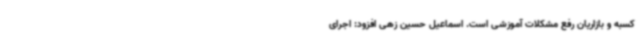
کسبه و بازاریان رفع مشکلات آموزشی است. اسماعیل حسین زهی افزود: اجرای